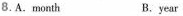
8.A. month B.year